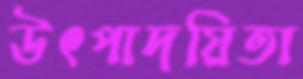
উৎপাদয়িতা